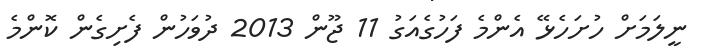
ނީލަމަށް ހުށަހެޅޭ އެންމެ ފަހުގެއަގު 11 ޖޫން 2013 ދުވަހުން ފެށިގެން ކޮންމެ